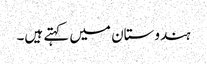
ہندوستان میں کہتے ہیں۔